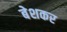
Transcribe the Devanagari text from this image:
बेशकर